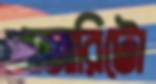
পাজারিটো